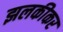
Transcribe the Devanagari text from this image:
झलकीकर